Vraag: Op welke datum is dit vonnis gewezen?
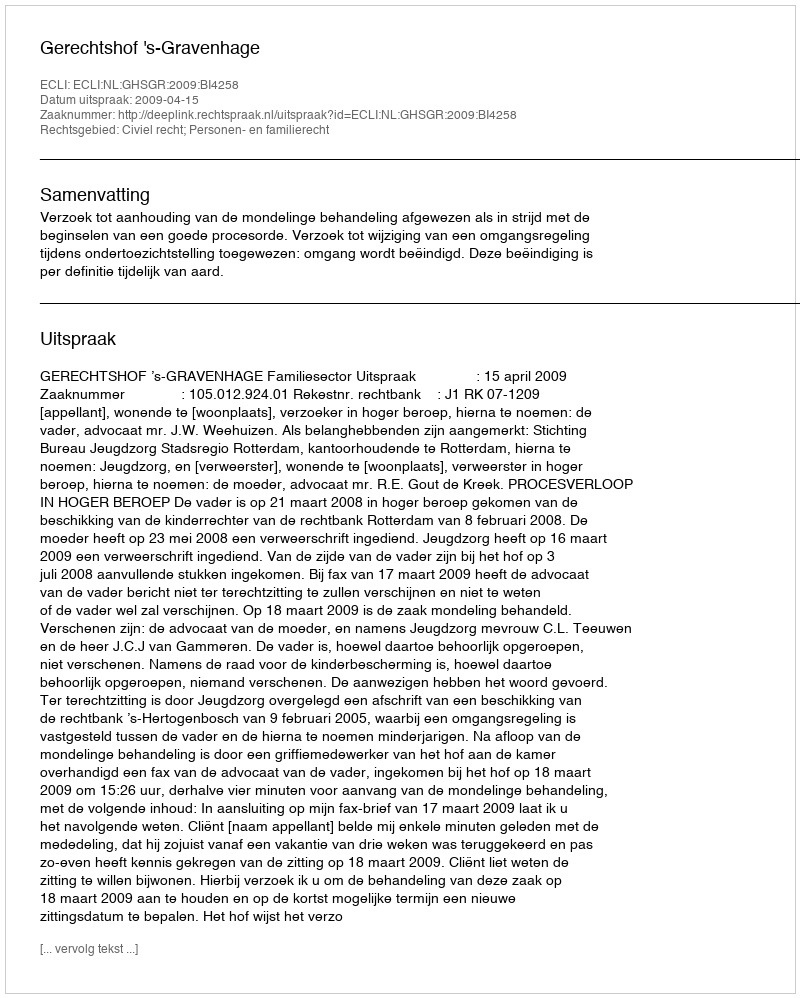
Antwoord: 2009-04-15